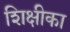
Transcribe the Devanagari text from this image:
शिक्षीका